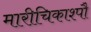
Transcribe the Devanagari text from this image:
मारीचिकाश्पौ